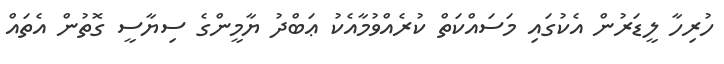
ހުރިހާ ލީޑަރުން އެކުގައި މަސައްކަތް ކުރެއްވުމާއެކު ޢަބްދު ޔާމީންގެ ސިޔާސީ ގޮތުން އެތައް